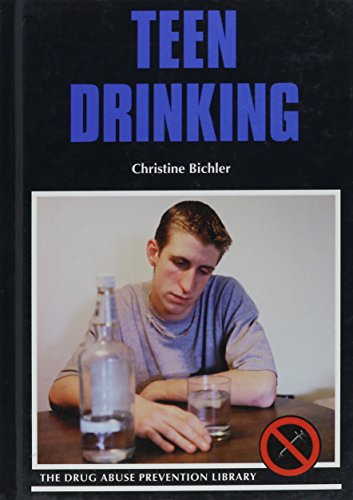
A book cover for Teen Drinking (Drug Abuse Prevention Library); Christine Bichler; Teen & Young Adult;